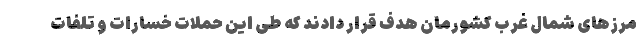
مرزهای شمال غرب کشورمان هدف قرار دادند که طی این حملات خسارات و تلفات